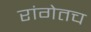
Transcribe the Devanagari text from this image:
रांगेतच